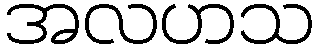
အလဟသ